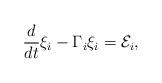
LaTeX: \begin{align*}\frac{d}{dt} \xi_{i}-\Gamma_i \xi_{i } =\mathcal{E}_{i }, \end{align*}